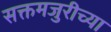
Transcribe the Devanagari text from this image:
सक्तमजुरीच्या